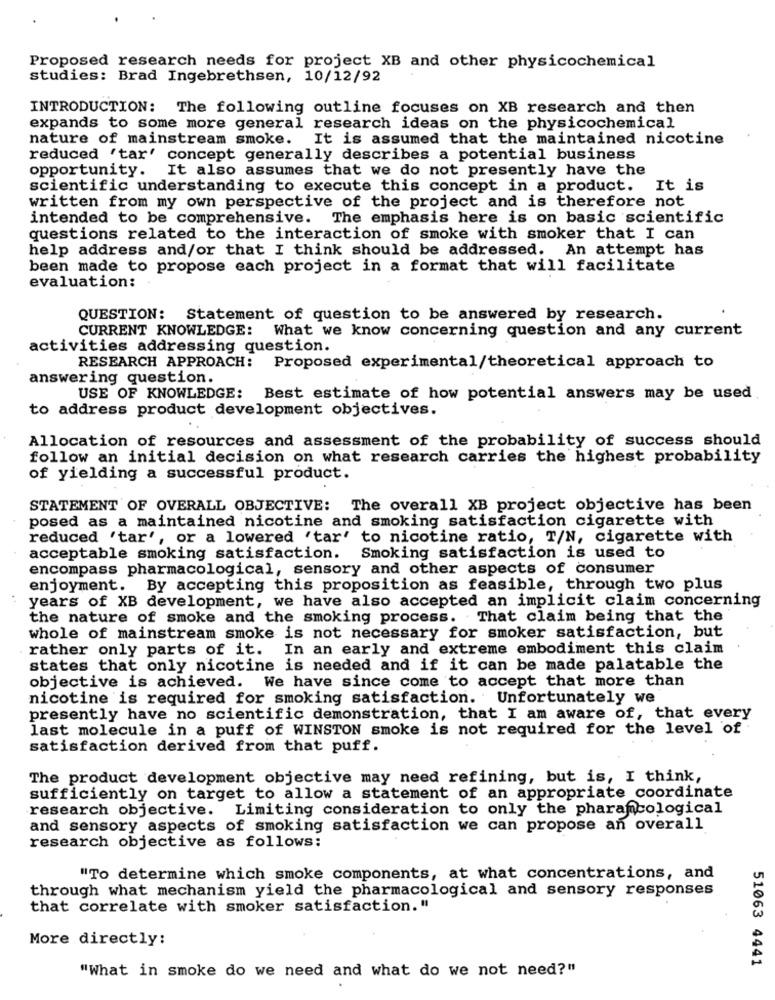
Proposed research needs for project XB and other physicochemical
studies: Brad Ingebrethsen, 10/12/92
INTRODUCTION: The following outline focuses on XB research and then
expands to some more general research ideas on the physicochemical
nature of mainstream smoke. It is assumed that the maintained nicotine
reduced 'tar' concept generally describes a potential business
opportunity. It also assumes that we do not presently have the
scientific understanding to execute this concept in a product. It is
written from my own perspective of the project and is therefore not
intended to be comprehensive. The emphasis here is on basic scientific
questions related to the interaction of smoke with smoker that I can
help address and/or that I think should be addressed. An attempt has
been made to propose each project in a format that will facilitate
evaluation:
QUESTION: Statement of question to be answered by research.
CURRENT KNOWLEDGE: What we know concerning question and any current
activities addressing question.
RESEARCH APPROACH: Proposed experimental/theoretical approach to
answering question.
USE OF KNOWLEDGE: Best estimate of how potential answers may be used
to address product development objectives.
Allocation of resources and assessment of the probability of success should
follow an initial decision on what research carries the highest probability
of yielding a successful product.
STATEMENT OF OVERALL OBJECTIVE: The overall XB project objective has been
posed as a maintained nicotine and smoking satisfaction cigarette with
reduced 'tar', or a lowered 'tar' to nicotine ratio, T/N, cigarette with
acceptable smoking satisfaction.
Smoking satisfaction is used to
encompass pharmacological, sensory and other aspects of consumer
enjoyment. By accepting this proposition as feasible, through two plus
years of XB development, we have also accepted an implicit claim concerning
the nature of smoke and the smoking process. That claim being that the
whole of mainstream smoke is not necessary for smoker satisfaction, but
rather only parts of it.
In an early and extreme embodiment this claim
states that only nicotine is needed and if it can be made palatable the
objective is achieved. We have since come to accept that more than
nicotine is required for smoking satisfaction. Unfortunately we
presently have no scientific demonstration, that I am aware of, that every
last molecule in a puff of WINSTON smoke is not required for the level of
satisfaction derived from that puff.
The product development objective may need refining, but is, I think,
sufficiently on target to allow a statement of an appropriate coordinate
research objective. Limiting consideration to only the pharamcological
and sensory aspects of smoking satisfaction we can propose an overall
research objective as follows:
"To determine which smoke components, at what concentrations, and
through what mechanism yield the pharmacological and sensory responses
that correlate with smoker satisfaction. "
More directly:
51063 4441
"What in smoke do we need and what do we not need?"